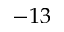
- 1 3